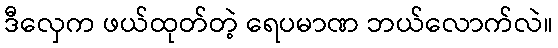
ဒီလှေက ဖယ်ထုတ်တဲ့ ရေပမာဏ ဘယ်လောက်လဲ။